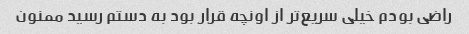
راضی بودم خیلی سریع‌تر از اونچه قرار بود به دستم رسید ممنون